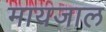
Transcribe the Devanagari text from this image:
मायजाल